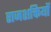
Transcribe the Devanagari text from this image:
राजशक्तियों